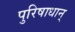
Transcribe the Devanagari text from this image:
पुरिषाधान्